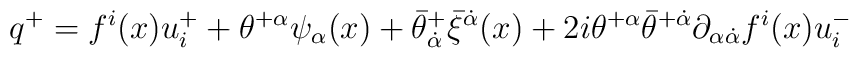
q^+ = f^i(x)u^+_i +\theta^{+\alpha}\psi_\alpha(x) +\bar\theta^+_{\dot\alpha}\bar\xi^{\dot\alpha}(x) +2i\theta^{+\alpha}\bar\theta^{+\dot\alpha} \partial_{\alpha\dot\alpha}f^i(x)u^-_i